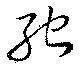
馳